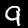
Digit: 9